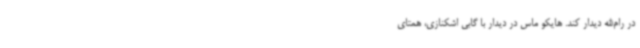
در رام‌الله دیدار کند. هایکو ماس در دیدار با گابی اشکنازی، همتای